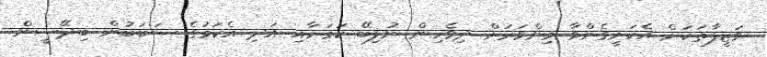
ވަޒީފާތަކަށް އެކަށީގެންވާ މިންވަރަށް ދިވެހިން ނުލިބޭ ކަމަށާއި އަދި އެކަމުގެ ސަބަބުން ބިދޭސީން